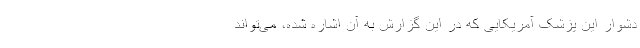
دشوار این پزشک آمریکایی که در این گزارش به آن اشاره شده، می‌تواند